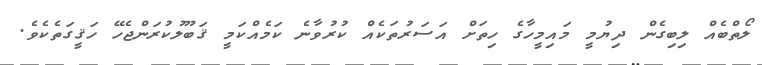
ލޯތްބެއް ލިބިގެން ދިޔުމީ މައިމީހާގެ ހިތަށް އަސަރުތަކެއް ކުރުވާނެ ކަމެއްކަމީ ޤަބޫލުކުރަންޖެހޭ ހަޤީގަތެކެވެ.